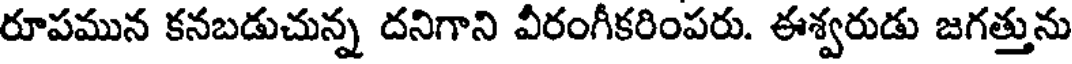
రూపమున కనబడుచున్న దనిగాని వీరంగీకరింపరు. ఈశ్వరుడు జగత్తును